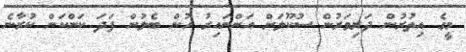
މީގެ އިތުރުން ދަރިވަރުން ސުކޫލަށް އަންނައިރު ހުން ބެލުން ފަދަ ކަންކަން ކުރާނެ